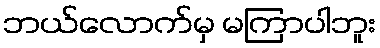
ဘယ်လောက်မှ မကြာပါဘူး